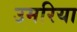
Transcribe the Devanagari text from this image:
उमरिया